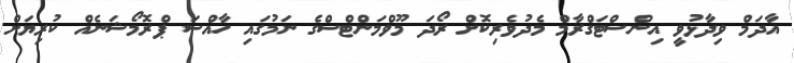
އާދަމް ވިދާޅުވީ އިންސްޓަގްރާމް މެދުވެރިކޮށް ރޯދަ މޫވްމަންޓްސްގެ ނަމުގައި ހާއްސަ ޕްރޮމޯޝަނެއް ކުރިޔަށް